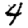
Digit: 4